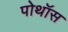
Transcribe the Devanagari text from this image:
पोथॉस